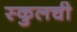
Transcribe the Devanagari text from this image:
स्कुलची